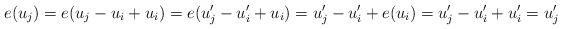
LaTeX: \begin{align*} e(u_j)=e(u_j-u_i+u_i)=e(u'_j-u'_i+u_i)=u'_j-u'_i+e(u_i)=u'_j-u'_i+u'_i=u'_j \end{align*}